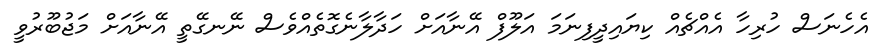
އެހެނަސް ހުރިހާ އެއްޗެއް ކިޔައިދީފިނަމަ އަލޫފް އޭނާއަށް ހަދާލާނެގޮތެއްވެސް ނޭނގޭތީ އޭނާއަށް މަޖުބޫރުވީ